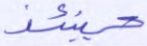
حينئذ